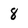
Character: 8